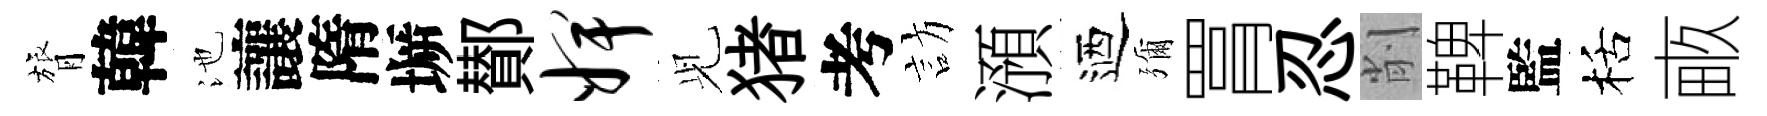
膂韓池讓隋󶱲鄼婢𫤗猪考訪澦迺彌罥忍削鞞監栝畞